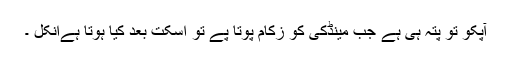
آپکو تو پتہ ہی ہے جب مینڈکی کو زکام پوتا پے تو اسکت بعد کیا ہوتا ہےانکل ۔